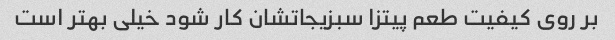
بر روی کیفیت طعم پیتزا سبزیجاتشان کار شود خیلی بهتر است